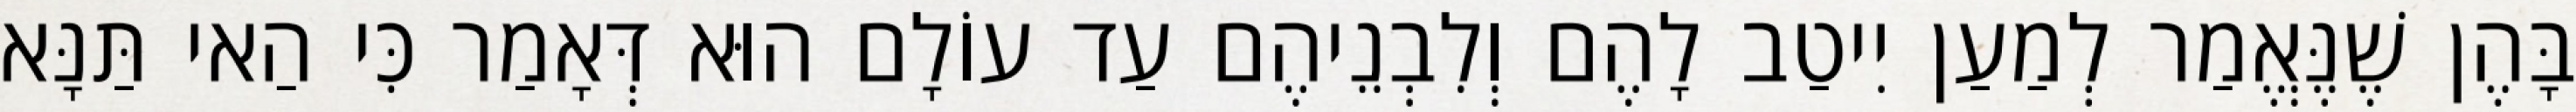
בָּהֶן שֶׁנֶּאֱמַר לְמַעַן יִיטַב לָהֶם וְלִבְנֵיהֶם עַד עוֹלָם הוּא דְּאָמַר כִּי הַאי תַּנָּא